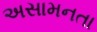
અસામનતા